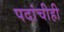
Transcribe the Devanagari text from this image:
पदांचीही